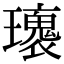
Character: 𤪿